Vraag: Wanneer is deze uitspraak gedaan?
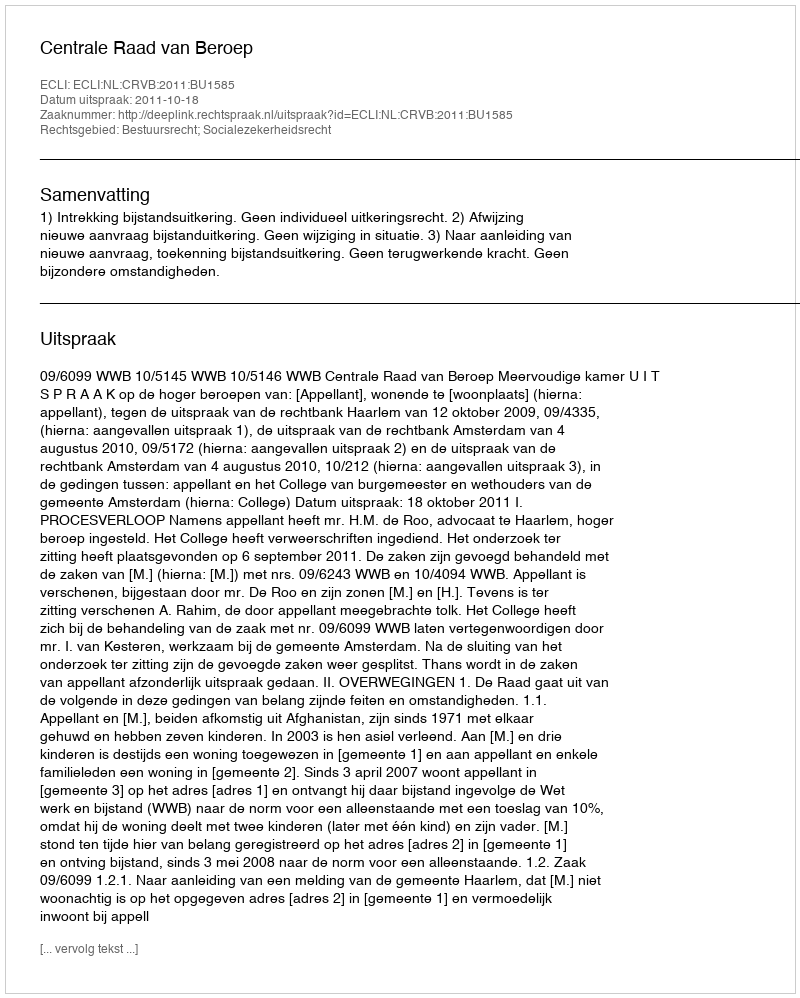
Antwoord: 2011-10-18